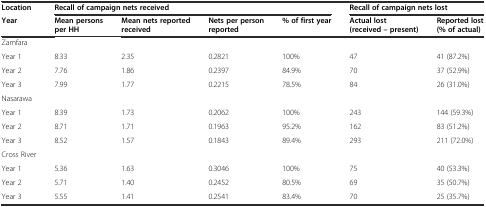
<table><thead><tr><td><b>Location</b></td><td colspan="4"><b>Recall of campaign nets received</b></td><td colspan="2"><b>Recall of campaign nets lost</b></td></tr><tr><td><b>Year</b></td><td><b>Mean persons per HH</b></td><td><b>Mean nets reported received</b></td><td><b>Nets per person reported</b></td><td><b>% of first year</b></td><td><b>Actual lost (received – present)</b></td><td><b>Reported lost (% of actual)</b></td></tr></thead><tbody><tr><td>Zamfara</td><td></td><td></td><td></td><td></td><td></td><td></td></tr><tr><td>Year 1</td><td>8.33</td><td>2.35</td><td>0.2821</td><td>100%</td><td>47</td><td>41 (87.2%)</td></tr><tr><td>Year 2</td><td>7.76</td><td>1.86</td><td>0.2397</td><td>84.9%</td><td>70</td><td>37 (52.9%)</td></tr><tr><td>Year 3</td><td>7.99</td><td>1.77</td><td>0.2215</td><td>78.5%</td><td>84</td><td>26 (31.0%)</td></tr><tr><td>Nasarawa</td><td></td><td></td><td></td><td></td><td></td><td></td></tr><tr><td>Year 1</td><td>8.39</td><td>1.73</td><td>0.2062</td><td>100%</td><td>243</td><td>144 (59.3%)</td></tr><tr><td>Year 2</td><td>8.71</td><td>1.71</td><td>0.1963</td><td>95.2%</td><td>162</td><td>83 (51.2%)</td></tr><tr><td>Year 3</td><td>8.52</td><td>1.57</td><td>0.1843</td><td>89.4%</td><td>293</td><td>211 (72.0%)</td></tr><tr><td>Cross River</td><td></td><td></td><td></td><td></td><td></td><td></td></tr><tr><td>Year 1</td><td>5.36</td><td>1.63</td><td>0.3046</td><td>100%</td><td>75</td><td>40 (53.3%)</td></tr><tr><td>Year 2</td><td>5.71</td><td>1.40</td><td>0.2452</td><td>80.5%</td><td>69</td><td>35 (50.7%)</td></tr><tr><td>Year 3</td><td>5.55</td><td>1.41</td><td>0.2541</td><td>83.4%</td><td>70</td><td>25 (35.7%)</td></tr></tbody></table>